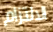
الالتزام